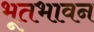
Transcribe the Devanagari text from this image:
भूतभावन